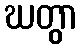
ဃတွာ